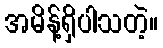
အမိန့်ရှိပါသတဲ့။